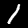
Digit: 1